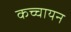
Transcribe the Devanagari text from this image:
कच्चायन